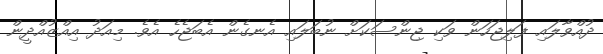
ދުއްވާލައި ފަލިޖަހަން ވަކި ޖިންސަކަށް ނުބަލައި އެނގެން އެބަޖެހެ އެވެ. މިއަދު އިއްޒުއްދީން